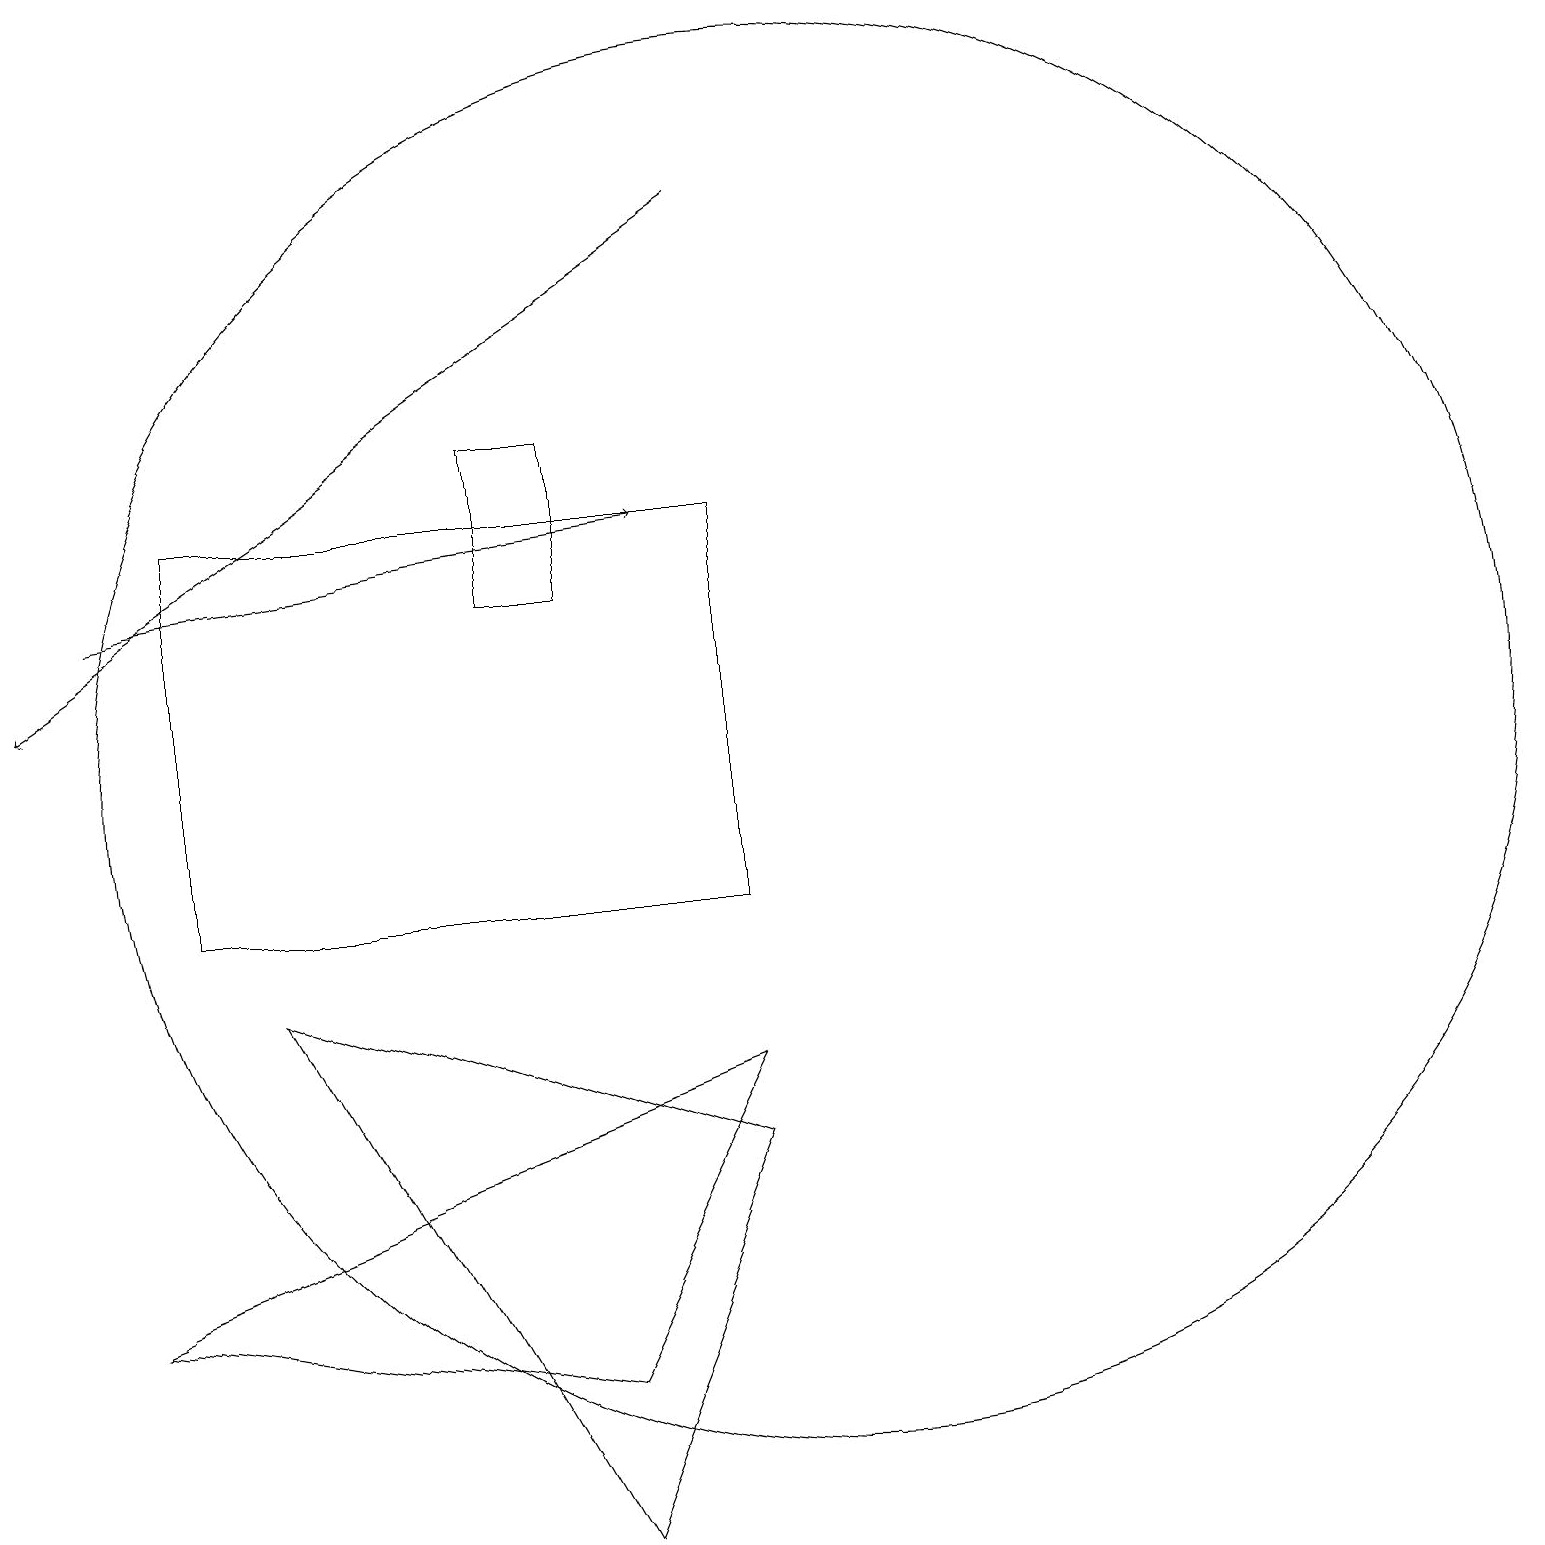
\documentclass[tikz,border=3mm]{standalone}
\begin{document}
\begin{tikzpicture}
\draw[->] (1,14) -- (8,15);
\draw (3,9) -- (7,2) -- (9,7) -- cycle;
\draw[->] (9,19) -- (0,13);
\draw (10,12) circle (9);
\draw (9,10) rectangle (2,15);
\draw (7,14) rectangle (6,16);
\draw (1,5) -- (7,4) -- (9,8) -- cycle;
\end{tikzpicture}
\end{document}